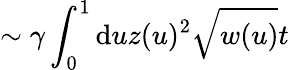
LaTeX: \sim\gamma\int_{0}^{1}\mathrm{d}uz(u)^{2}\sqrt{w(u)}t